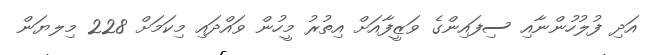
އަދި ފުލުހުންނާއި ސިފައިންގެ ވަޒީފާއަށް އިތުރު މީހުން ވައްދައި މިކަމަށް 228 މިލޔަން